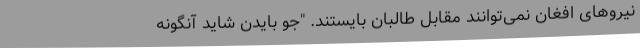
نیرو‌های افغان نمی‌توانند مقابل طالبان بایستند. "جو بایدن شاید آنگونه